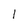
Character: 1